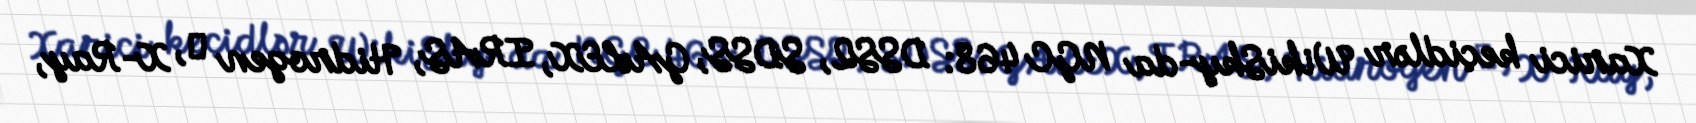
Xarici keçidlər WikiSky-da NGC 468: DSS2, SDSS, GALEX, IRAS, Hidrogen α, X-Ray,